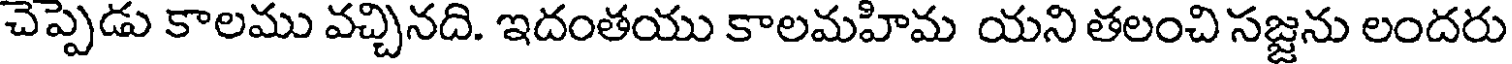
చెప్పెడు కాలము వచ్చినది. ఇదంతయు కాలమహిమ యని తలంచి సజ్జను లందరు